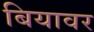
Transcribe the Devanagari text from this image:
बियावर